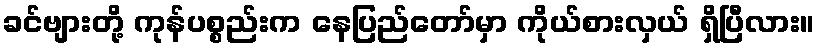
ခင်ဗျားတို့ ကုန်ပစ္စည်းက နေပြည်တော်မှာ ကိုယ်စားလှယ် ရှိပြီလား။